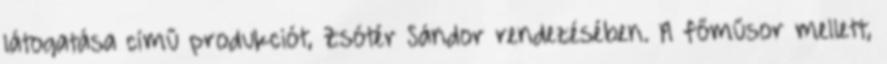
látogatása című produkciót, Zsótér Sándor rendezésében. A főműsor mellett,